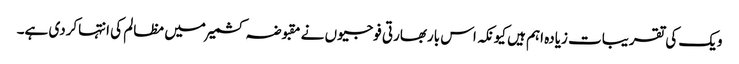
ویک کی تقریبات زیادہ اہم ہیں کیونکہ اس باربھارتی فوجیوں نے مقبوضہ کشمیرمیں مظالم کی انتہاکردی ہے۔